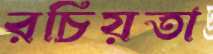
রচিয়তা